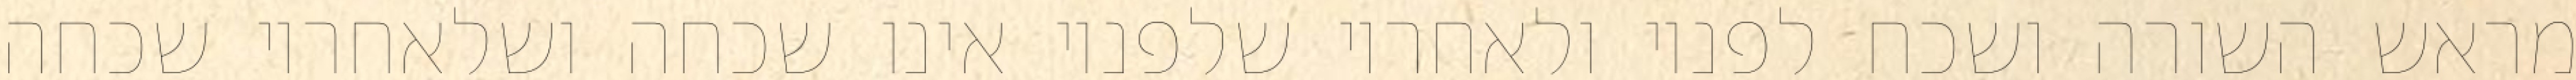
מראש השורה ושכח לפניו ולאחריו שלפניו אינו שכחה ושלאחריו שכחה